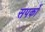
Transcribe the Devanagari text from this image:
सपर्को